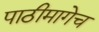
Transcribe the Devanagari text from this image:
पाठीमागेच